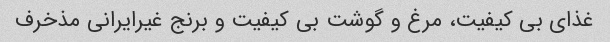
غذای بی کیفیت، مرغ و گوشت بی کیفیت و برنج غیرایرانی مذخرف